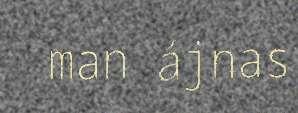
man ájnas